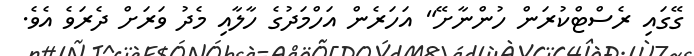
ގޭގައި ރެސްޓްކުރަން ހުންނާށޭ" އަހަރެން އަހްމަދުގެ ހާލާއި މެދު ވަރަށް ދެރަވެ އެވެ.